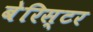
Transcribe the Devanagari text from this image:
बेरिस्टर